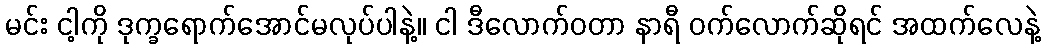
မင်း ငါ့ကို ဒုက္ခရောက်အောင်မလုပ်ပါနဲ့။ ငါ ဒီလောက်ဝတာ နာရီ ဝက်လောက်ဆိုရင် အထက်လေနဲ့